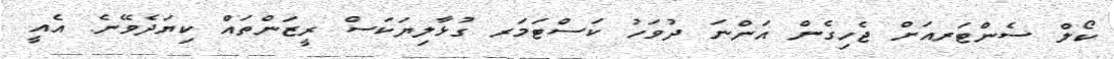
ކޯލް ސެންޓަރއަށް ޖެހިގެން އަންނަ ދުވަހު ކަސްޓަމަރ ގުޅާލިޔަކަސް ރީޒަންތައް ކިޔަދެވޭނެ. އެއީ